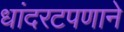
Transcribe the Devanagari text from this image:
धांदरटपणाने